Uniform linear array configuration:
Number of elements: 32
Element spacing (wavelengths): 1
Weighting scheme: binomial
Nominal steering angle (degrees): -15
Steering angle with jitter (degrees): -15.063
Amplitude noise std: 0.05
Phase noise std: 0.05

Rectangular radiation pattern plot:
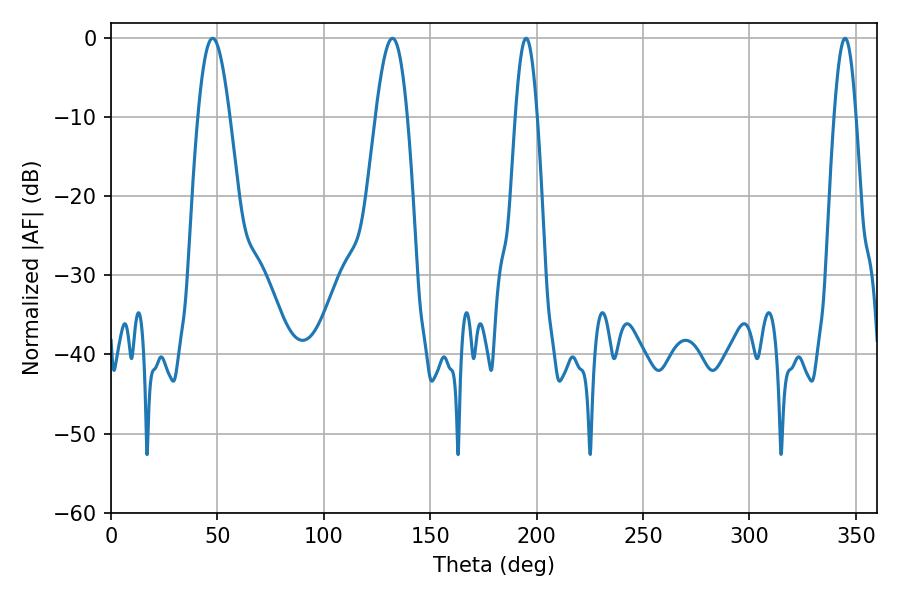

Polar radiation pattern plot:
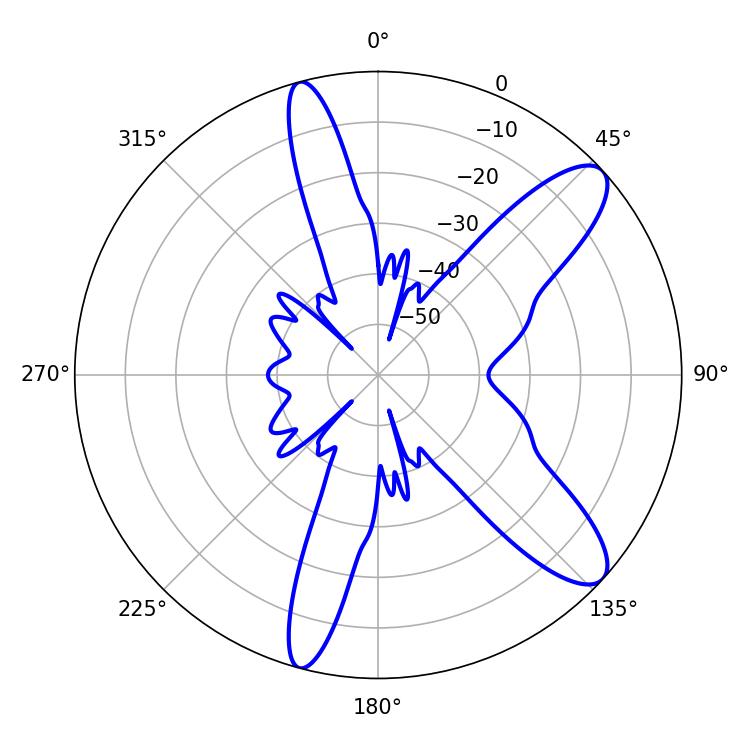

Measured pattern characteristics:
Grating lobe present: TRUE
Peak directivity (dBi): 10.599
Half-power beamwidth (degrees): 7.92
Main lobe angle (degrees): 132.3